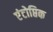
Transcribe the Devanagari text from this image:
एंटोप्तिक